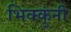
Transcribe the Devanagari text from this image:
भिक्कूंनी